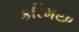
કરિમયા